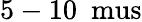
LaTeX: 5-10~\mathrm{\ mus}